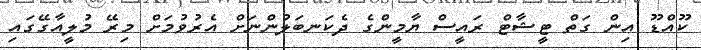
ކޫއްޑޫ އިން ގަތް ޓީޝާޓް ރައީސް ޔާމީންގެ ދެކަނބަލުންނަށް އެރުވުމަށް މިރޭ މުލީއާގޭގައި